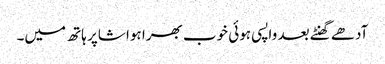
آدھے گھنٹے بعد واپسی ہوئی خوب بھرا ہوا شاپر ہاتھ میں۔